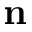
\textbf { n }